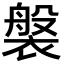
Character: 褩